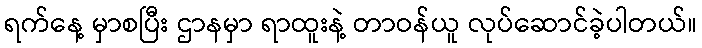
ရက်နေ့ မှာစပြီး ဌာနမှာ ရာထူးနဲ့ တာဝန်ယူ လုပ်ဆောင်ခဲ့ပါတယ်။